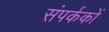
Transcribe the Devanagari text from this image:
संपर्ककों